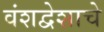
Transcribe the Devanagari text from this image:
वंशद्वेशाचे